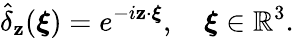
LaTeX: \hat{\delta}_{\mathbf{z}}(\boldsymbol{\xi})=e^{-i\mathbf{z}\cdot\boldsymbol{\xi}},\quad\boldsymbol{\xi}\in\mathbb{R}^{3}.